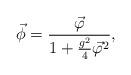
LaTeX: \begin{align*}\vec{\phi}=\frac{\vec{\varphi}}{1+\frac{g^2}{4}{\vec{\varphi}}^2},\end{align*}